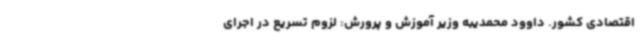
اقتصادی کشور. داوود محمدیبه وزیر آموزش و پرورش: لزوم تسریع در اجرای